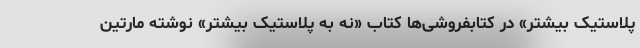
پلاستیک بیشتر» در کتابفروشی‌ها کتاب «نه به پلاستیک بیشتر» نوشته مارتین